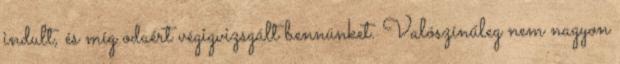
indult, és míg odaért végigvizsgált bennünket. Valószínűleg nem nagyon